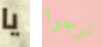
يا نرجوا